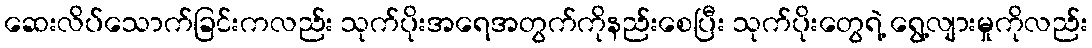
ဆေးလိပ်သောက်ခြင်းကလည်း သုက်ပိုးအရေအတွက်ကိုနည်းစေပြီး သုက်ပိုးတွေရဲ့ ရွေ့လျားမှုကိုလည်း